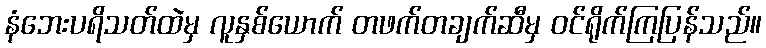
နံဘေးပရိသတ်ထဲမှ လူနှစ်ယောက် တဖက်တချက်ဆီမှ ဝင်ရိုက်ကြပြန်သည်။